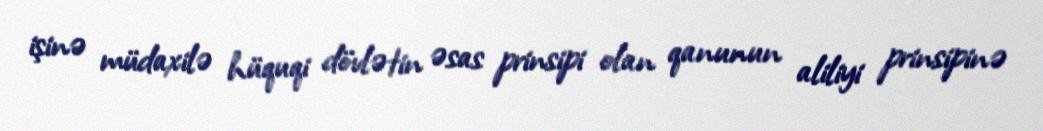
işinə müdaxilə hüquqi dövlətin əsas prinsipi olan qanunun aliliyi prinsipinə